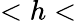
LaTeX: <h<